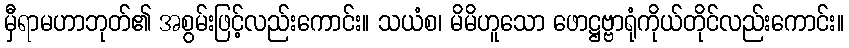
မှီရာမဟာဘုတ်၏ အစွမ်းဖြင့်လည်းကောင်း။ သယံစ၊ မိမိဟူသော ဖောဋ္ဌဗ္ဗာရုံကိုယ်တိုင်လည်းကောင်း။